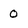
Character: 0